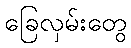
ခြေလှမ်းတွေ